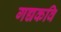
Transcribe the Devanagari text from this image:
गद्यकवि